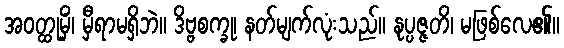
အဝတ္ထုမှိံ၊ မှီရာမရှိဘဲ။ ဒိဗ္ဗစက္ခု၊ နတ်မျက်လုံးသည်။ နုပ္ပဇ္ဇတိ၊ မဖြစ်လေ၏။